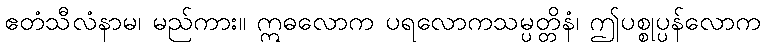
ဧတံသီလံနာမ၊ မည်ကား။ ဣဓလောက ပရလောကသမ္ပတ္တိနံ၊ ဤပစ္စုပ္ပန်လောက